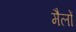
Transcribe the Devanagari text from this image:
मैलों